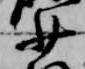
少